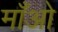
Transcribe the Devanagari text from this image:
माँओ